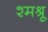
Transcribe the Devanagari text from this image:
श्मश्रू